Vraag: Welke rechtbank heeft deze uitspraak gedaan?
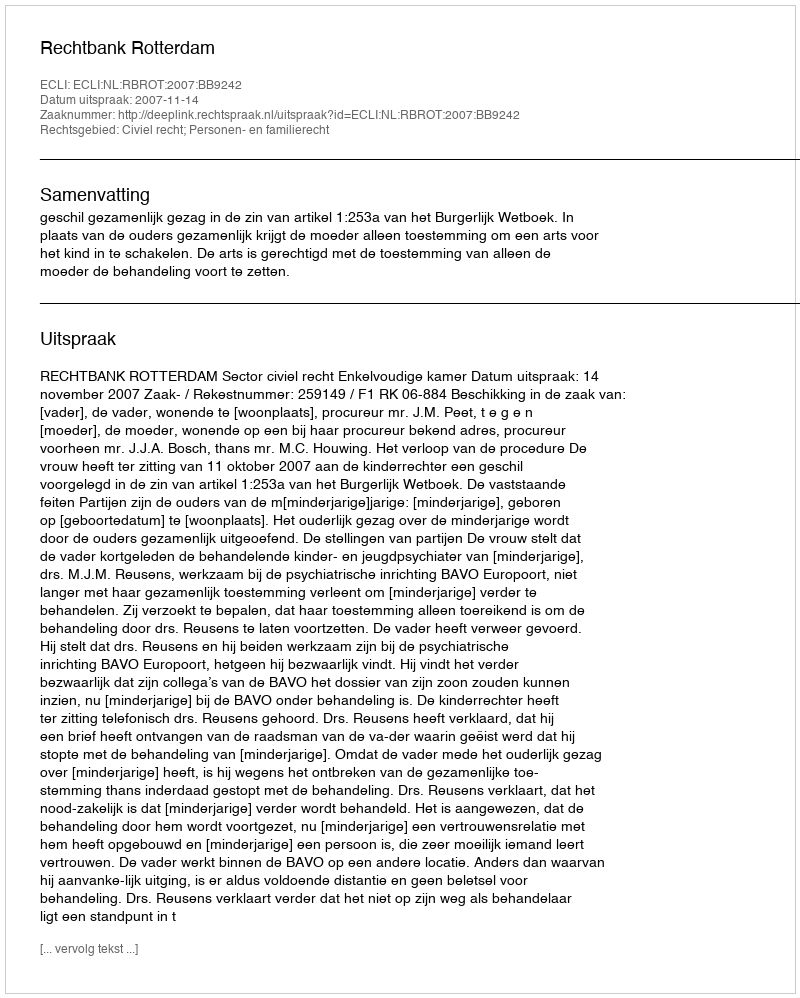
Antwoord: Rechtbank Rotterdam